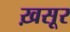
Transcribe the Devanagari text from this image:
ख़सूर